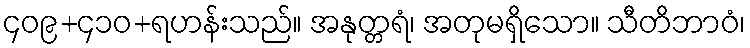
၄၀၉+၄၁၀+ရဟန်းသည်။ အနုတ္တရံ၊ အတုမရှိသော။ သီတိဘာဝံ၊